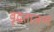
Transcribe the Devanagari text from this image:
वृद्धताजन्य